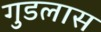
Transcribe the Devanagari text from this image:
गुडलास